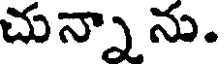
చున్నా ను.